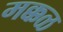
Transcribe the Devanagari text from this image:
मक्कळ